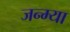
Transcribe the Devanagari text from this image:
जन्म्या